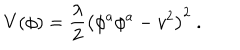
LaTeX: V ( \phi ) = { \frac { \lambda } { 2 } } \left( \phi ^ { a } \phi ^ { a } - v ^ { 2 } \right) ^ { 2 } \ .